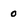
Character: 0